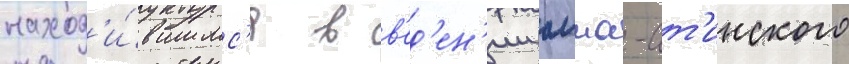
наход'и́вшимс'я в в'ед'ен'ии алма-ат'инского